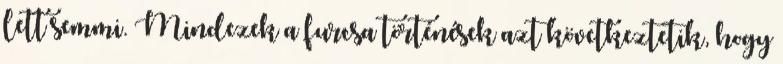
lett semmi. Mindezek a furcsa történések azt következtetik, hogy